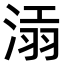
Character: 𣸝